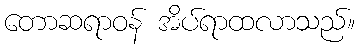
တောဆရာဝန် အိပ်ရာထလာသည်။